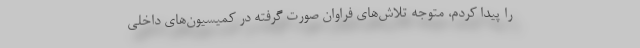
را پیدا کردم، متوجه تلاش‌های فراوان صورت گرفته در کمیسیون‌های داخلی